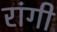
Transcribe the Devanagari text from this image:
रांगी